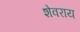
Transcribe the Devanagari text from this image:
शेवराय